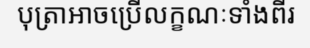
បុត្រាអាចប្រើលក្ខណៈទាំងពីរ